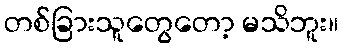
တစ်ခြားသူတွေတော့ မသိဘူး။